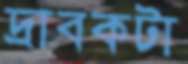
দ্রাবকটা